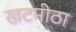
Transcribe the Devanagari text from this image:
खटमीठा